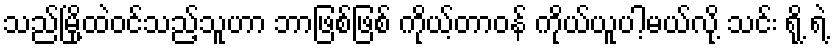
သည်မြို့ထဲဝင်သည့်သူဟာ ဘာဖြစ်ဖြစ် ကိုယ့်တာဝန် ကိုယ်ယူပါ့မယ်လို့ သင်း ရို့ ရဲ့